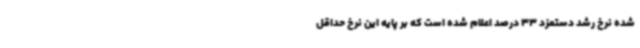
شده نرخ رشد دستمزد 33 درصد اعلام شده است که بر پایه این نرخ حداقل